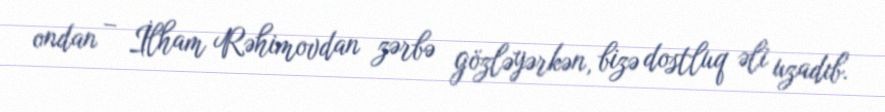
ondan – İlham Rəhimovdan zərbə gözləyərkən, bizə dostluq əli uzadıb.